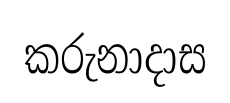
කරුනාදාස